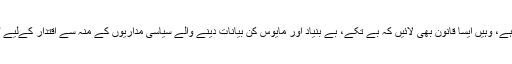
جہاں احتساب کا عمل جاری ہے، وہیں ایسا قانون بھی لائیں کہ بے تکے، بے بنیاد اور مایوس کن بیانات دینے والے سیاسی مداریوں کے منہ سے اقتدار کےلیے ٹپکنے والی رال ختم ہوسکے۔